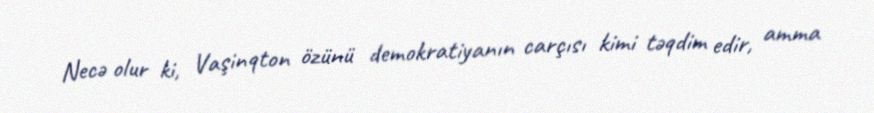
Necə olur ki, Vaşinqton özünü demokratiyanın carçısı kimi təqdim edir, amma